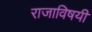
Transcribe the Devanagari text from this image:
राजाविषयी